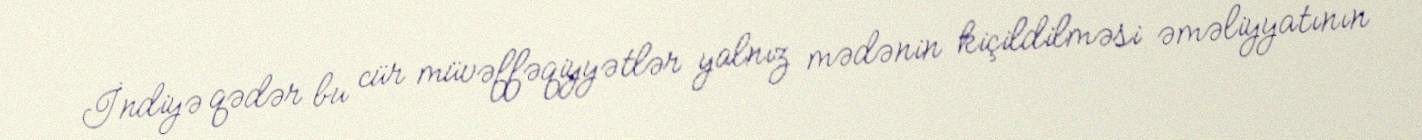
İndiyə qədər bu cür müvəffəqiyyətlər yalnız mədənin kiçildilməsi əməliyyatının